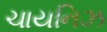
ચાયનિઝ